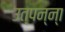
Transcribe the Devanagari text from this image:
उत्‍पन्‍न्‍ा